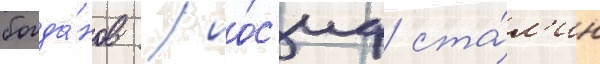
богда́нов / ио́с'иф ста́л'ин